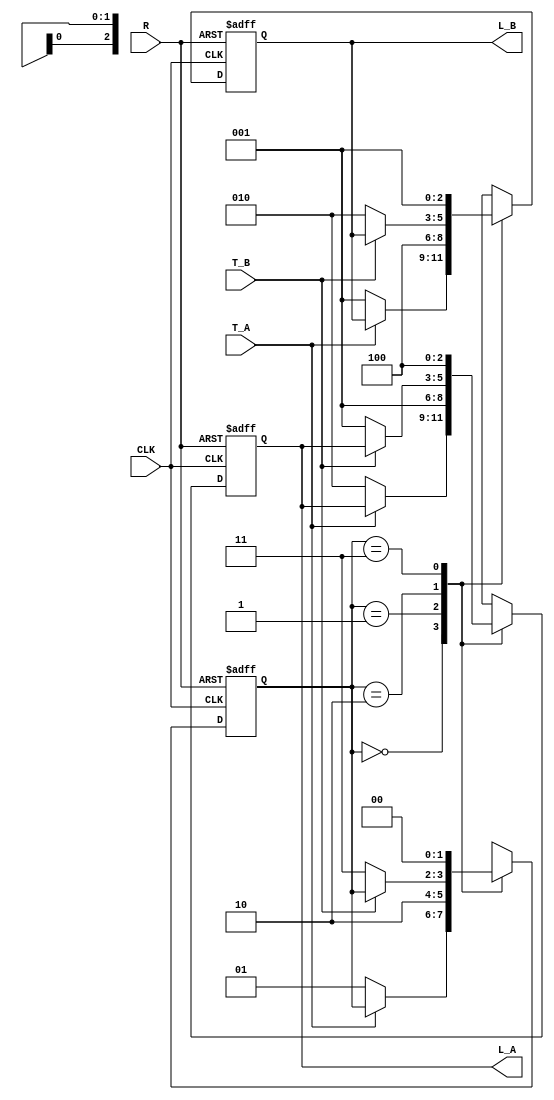
`timescale 1ns / 1ps
//////////////////////////////////////////////////////////////////////////////////
// Company: 
// Engineer: 
// 
// Design Name: 
// Module Name:    TC_Mealy 
// Project Name: 
// Target Devices: 
// Tool versions: 
// Description: 
//
// Dependencies: 
//
// Revision: 
// Revision 0.01 - File Created
// Additional Comments: 
//
//////////////////////////////////////////////////////////////////////////////////
module TC_Mealy(
  input wire CLK,
  input wire R,
  input wire T_A, T_B,
  output reg[2:0] L_A,
  output reg[2:0] L_B
);

  reg[1:0] state;  // Current state of the FSM
  
  // Initialization
  initial begin
    // Init: state begins with S0
    state <= 2'b00;
    
    // Init: traffic light
    L_A = 3'b100; // A = Green
    L_B = 3'b001; // B = Red
  end
  
  // Runtime features
  always@(posedge CLK, posedge R) begin
    if(R) begin
      state = 2'b00; // S = 0
      L_A = 3'b100;  // A = Green
      L_B = 3'b001;  // B = Red
    end
    else begin
      case(state)
        // S0
        2'b00: begin
          if(!T_A) begin
            state = 2'b01;
            L_A = 3'b010;
            L_B = 3'b001;
          end
        end
        
        // S1
        2'b01: begin
          state = 2'b10;
          L_A = 3'b001;
          L_B = 3'b100;
        end
        
        // S2
        2'b10: begin
          if(!T_B) begin
            state = 2'b11;
            L_A = 3'b001;
            L_B = 3'b010;
          end
        end
        
        // S3
        2'b11: begin
          state = 2'b00;
          L_A = 3'b100;
          L_B = 3'b001;
        end
      endcase
    end
  end

endmodule